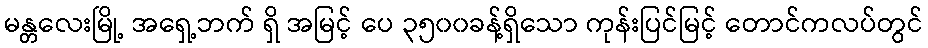
မန္တလေးမြို့ အရှေ့ဘက် ရှိ အမြင့် ပေ ၃၅၀၀ခန့်ရှိသော ကုန်းပြင်မြင့် တောင်ကလပ်တွင်